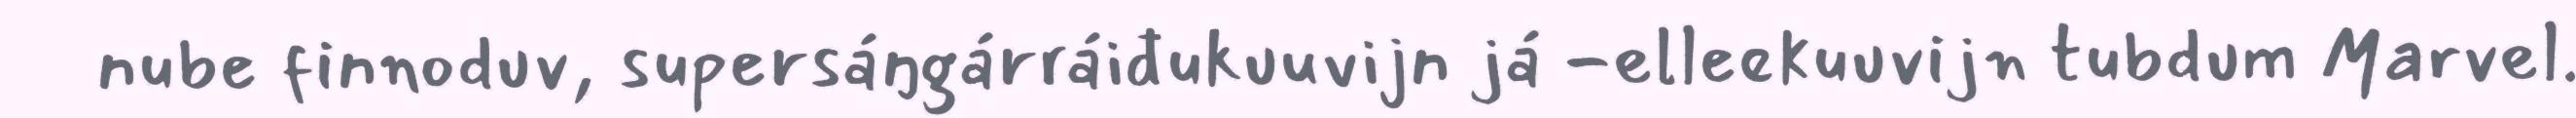
nube finnoduv, supersáŋgárráiđukuuvijn já -elleekuuvijn tubdum Marvel.